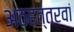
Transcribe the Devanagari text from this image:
अठहत्तरवां